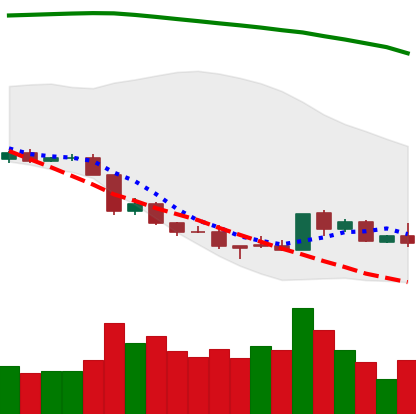
Ticker: EOS-USD
Chart end date: 2018-08-22
Forward return: 13.408%
Label: up_7plus